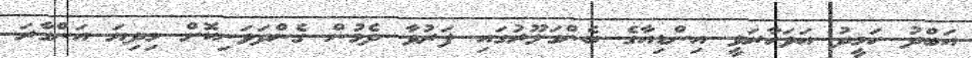
އަބްދު ހަމީދު އަވަހާރަވީ އިންޑިއާގެ ބެންގަލޫރުގައި ފަރުވާ ދެމުން ގެންދަވަނިކޮށް މިދިޔަ އަންގާރަ